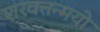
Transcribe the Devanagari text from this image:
शरवत्तन्मयो